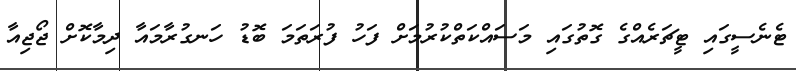
ޓެނެސީގައި ޓީޗަރެއްގެ ގޮތުގައި މަސައްކަތްކުރުމަށް ފަހު ފުރަތަމަ ބޮޑު ހަނގުރާމައާ ދިމާކޮށް ޖޯޖިއާ